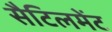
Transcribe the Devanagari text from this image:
सैटिलमेंट